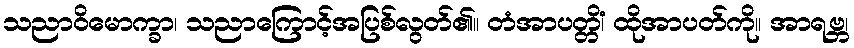
သညာဝိမောက္ခာ၊ သညာကြောင့်အပြစ်လွတ်၏။ တံအာပတ္တိံ၊ ထိုအာပတ်ကို။ အာရဗ္ဘ၊